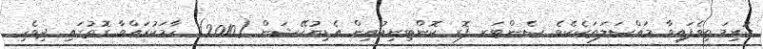
ކުރިމަތިވެފައިވާ މައްސަލަތަކެކެވެ. ސެންޓަރ ފޮރ ކޮންޓިނިއުއިން އެޑިޔުކޭޝަން (2010) ހާމަކުރައްވާ ގޮތުގައި ދިވެހި